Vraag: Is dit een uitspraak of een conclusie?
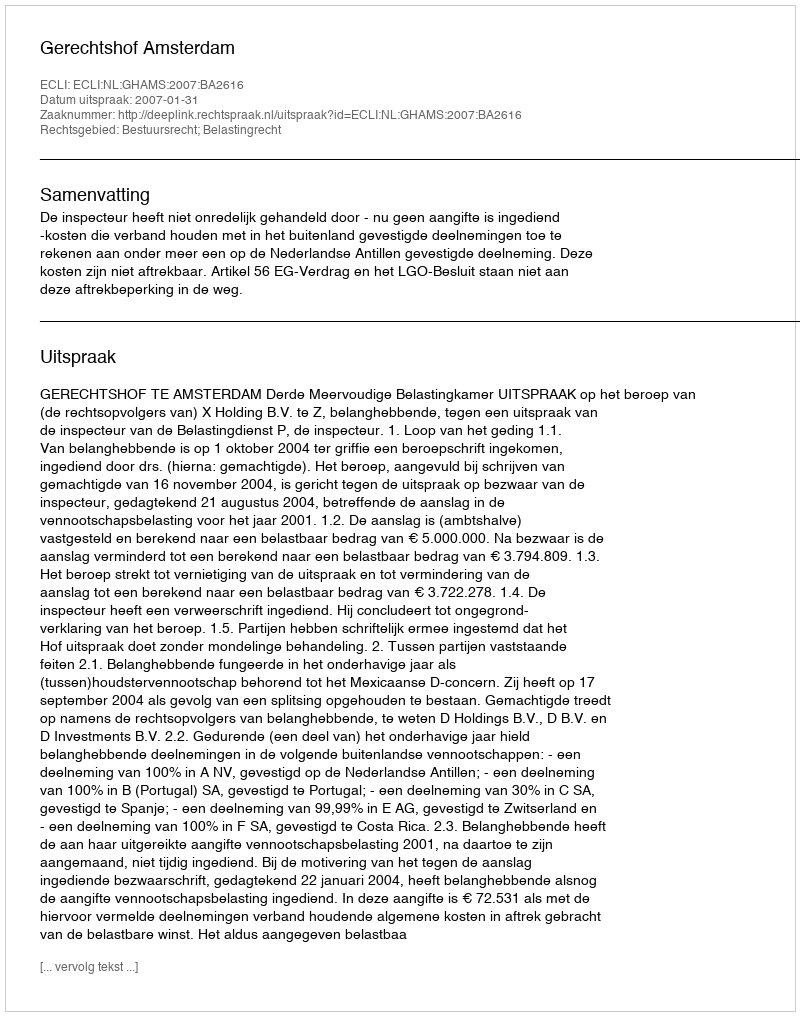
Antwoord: Uitspraak